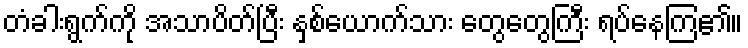
တံခါးရွက်ကို အသာပိတ်ပြီး နှစ်ယောက်သား တွေတွေကြီး ရပ်နေကြ၏။